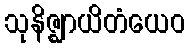
သုနိဇ္ဈာယိတံယေဝ